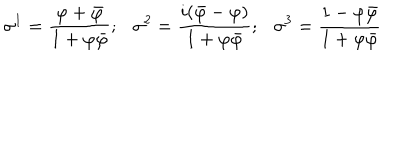
\sigma ^ { 1 } = \frac { \varphi + \bar { \varphi } } { 1 + \varphi \bar { \varphi } } ; \sigma ^ { 2 } = \frac { i ( \bar { \varphi } - \varphi ) } { 1 + \varphi \bar { \varphi } } ; \sigma ^ { 3 } = \frac { 1 - \varphi \bar { \varphi } } { 1 + \varphi \bar { \varphi } }